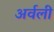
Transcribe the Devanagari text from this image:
अर्वली